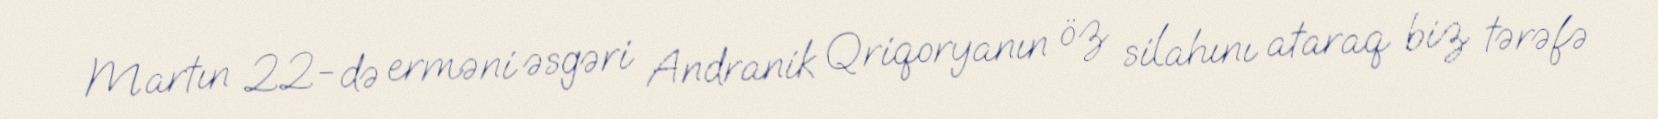
Martın 22-də erməni əsgəri Andranik Qriqoryanın öz silahını ataraq biz tərəfə